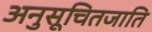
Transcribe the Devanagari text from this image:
अनुसूचितजाति